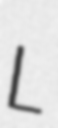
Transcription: L